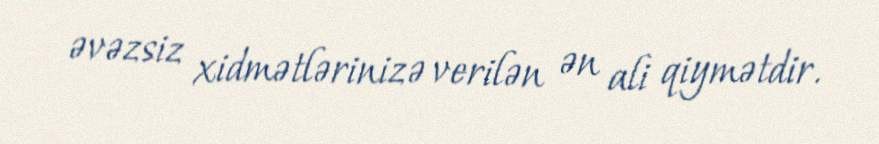
əvəzsiz xidmətlərinizə verilən ən ali qiymətdir.